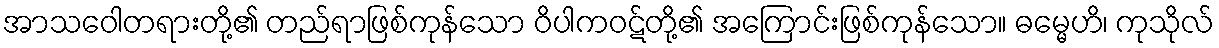
အာသဝေါတရားတို့၏ တည်ရာဖြစ်ကုန်သော ဝိပါကဝဋ်တို့၏ အကြောင်းဖြစ်ကုန်သော။ ဓမ္မေဟိ၊ ကုသိုလ်